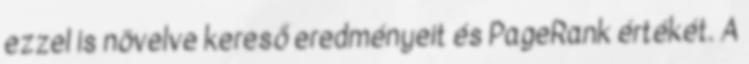
ezzel is növelve kereső eredményeit és PageRank értékét. A